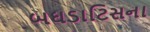
બઘડાટિસના